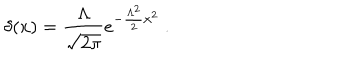
\delta ( x ) = \frac { \Lambda } { \sqrt { 2 \pi } } e ^ { - \frac { \Lambda ^ { 2 } } { 2 } x ^ { 2 } } \ .